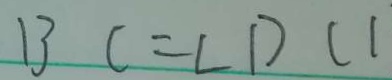
B C = \angle D C l